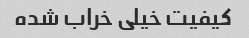
کیفیت خیلی خراب شده